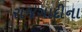
રાજગાદીના